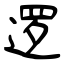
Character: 逻